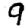
Digit: 9